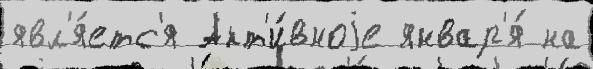
явл'я́етс'я Акт'и́вноjе январ'я́ на